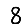
Digit: 8